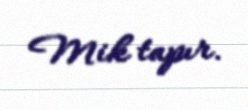
Mik tapır.